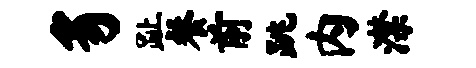
豸趾餐前跳内潸